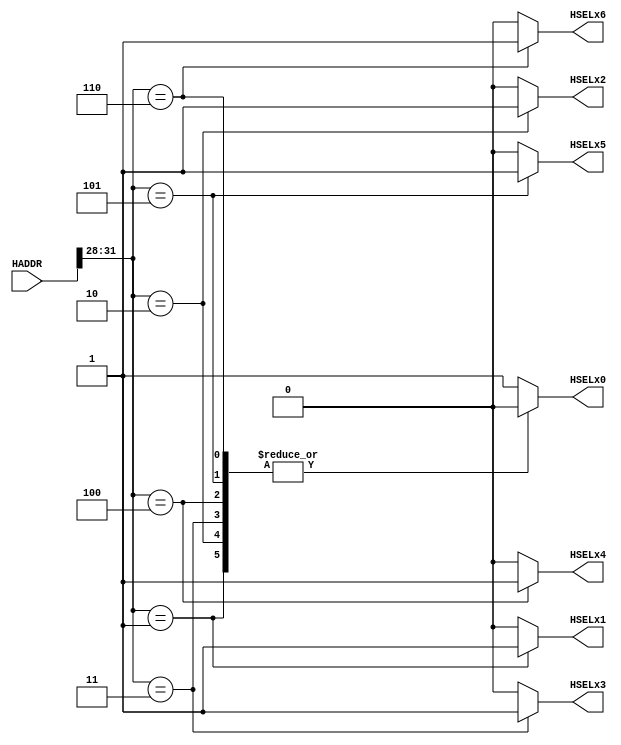
module ahb_decoder
(
  // -------------
  // Input pins //
  // -------------
  input [31:0] HADDR,
  // --------------
  // Output pins //
  // --------------
  output reg HSELx0,
  output reg HSELx1,
  output reg HSELx2,
  output reg HSELx3,
  output reg HSELx4,
  output reg HSELx5,
  output reg HSELx6
);
always @ (*) begin
  // Assigning initial value first to avoid inferred latches
  HSELx0 = 1'b0;
  HSELx1 = 1'b0;
  HSELx2 = 1'b0;
  HSELx3 = 1'b0;
  HSELx4 = 1'b0;
  HSELx5 = 1'b0;
  HSELx6 = 1'b0;
  // Asserting HSELx signal according to memory map
  case(HADDR[31:28]) 
    4'h1: HSELx1 = 1'b1;
    4'h2: HSELx2 = 1'b1;
    4'h3: HSELx3 = 1'b1;
    4'h4: HSELx4 = 1'b1;
    4'h5: HSELx5 = 1'b1;
    4'h6: HSELx6 = 1'b1;
    // Default slave
    default: HSELx0 = 1'b1;
  endcase

end

endmodule